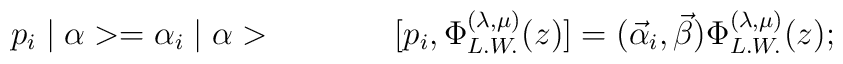
p_{i} \mid\alpha> = \alpha_{i} \mid\alpha> \hspace{15mm} [ p_{i} ,\Phi_{L.W.}^{(\lambda,\mu)}(z) ] = ( \vec\alpha_{i} , \vec\beta )\Phi_{L.W.}^{(\lambda,\mu)}(z)  ;